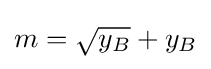
m={\sqrt {y_{B}}}+y_{B}